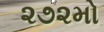
૨૭૨મો